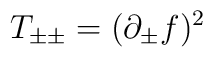
\:T_{\pm \pm } = (\partial_{\pm }f)^{2}\: